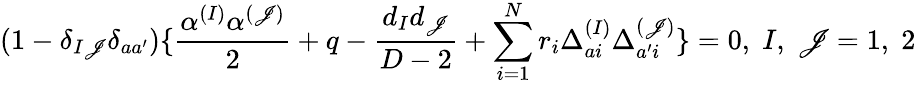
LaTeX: (1-\delta_{I\mathscr{J}}\delta_{aa^{\prime}})\{ {\frac{{\alpha^{(I)}\alpha^{(\mathscr{J})}}}{{2}}}+q-{\frac{{d_{I}d_{\mathscr{J}}}}{{D-2}}}+\sum_{i=1}^{N}r_{i}\Delta_{ai}^{(I)}\Delta_{a^{\prime}i}^{(\mathscr{J})}\} =0,\; I,\; \mathscr{J}=1,\; 2